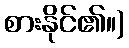
စားနိုင်၏။)